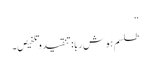
‘‘
طلسم ہوش ربا:تنقید وتلخیص۔